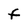
Character: F